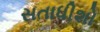
સતાધીશો